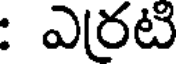
: ఎరటి